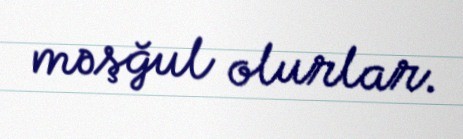
məşğul olurlar.